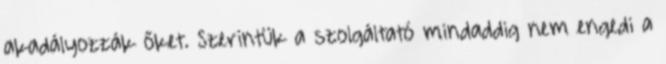
akadályozzák őket. Szerintük a szolgáltató mindaddig nem engedi a